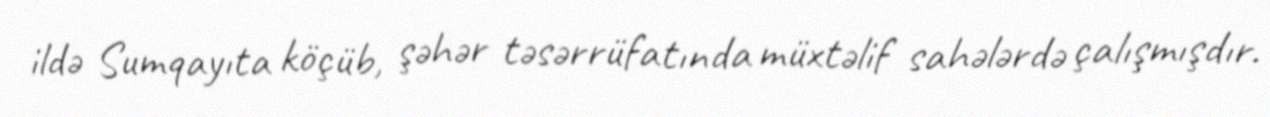
ildə Sumqayıta köçüb, şəhər təsərrüfatında müxtəlif sahələrdə çalışmışdır.